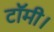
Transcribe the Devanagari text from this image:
टॉमी।